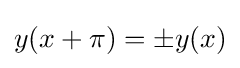
y(x+\pi )=\pm y(x)